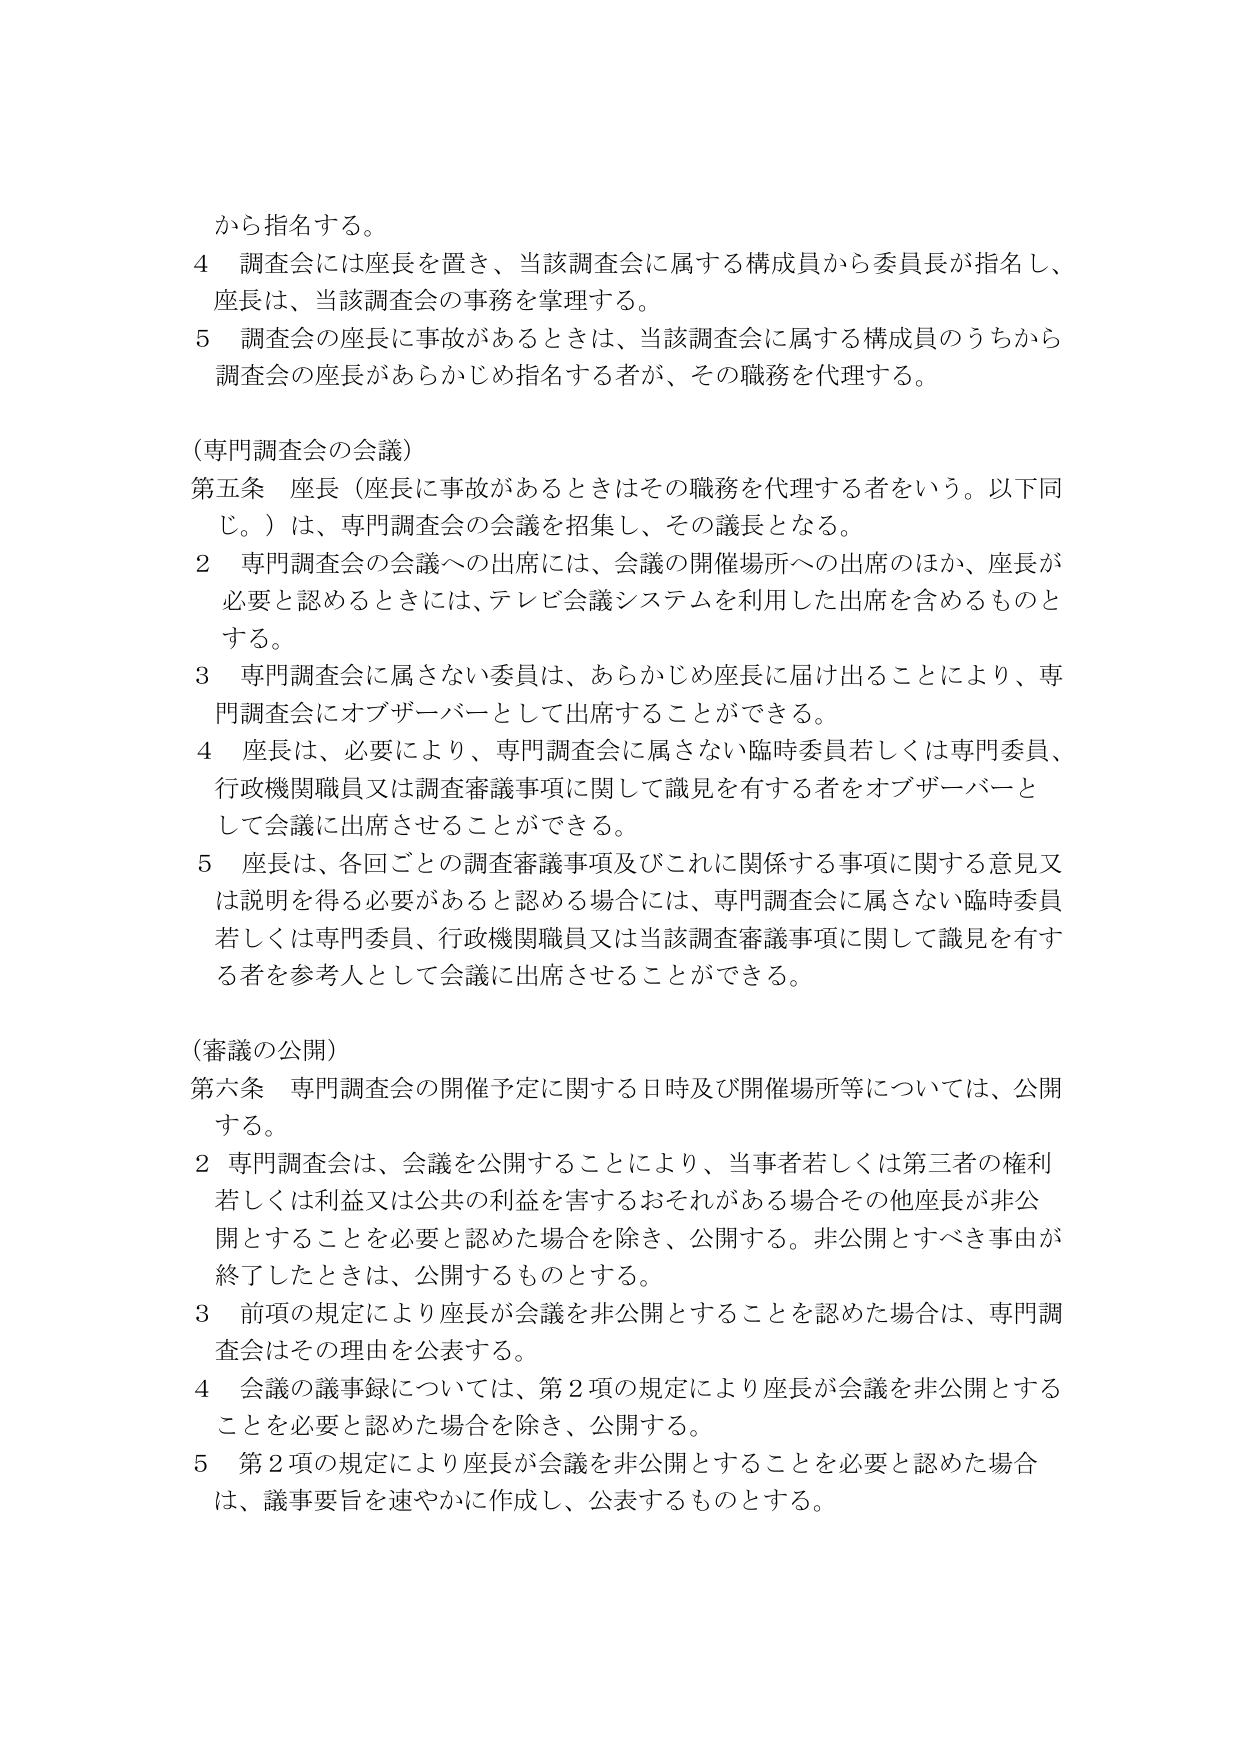
から指名する。

４ 調査会には座長を置き、当該調査会に属する構成員から委員長が指名し、
座長は、当該調査会の事務を掌理する。

５ 調査会の座長に事故があるときは、当該調査会に属する構成員のうちから
調査会の座長があらかじめ指名する者が、その職務を代理する。

（専門調査会の会議）

第五条 座長（座長に事故があるときはその職務を代理する者をいう。以下同じ。）は、専門調査会の会議を招集し、その議長となる。

２ 専門調査会の会議への出席には、会議の開催場所への出席のほか、座長が
必要と認めるときには、テレビ会議システムを利用した出席を含めるものと
する。

３ 専門調査会に属さない委員は、あらかじめ座長に届け出ることにより、専
門調査会にオブザーバーとして出席することができる。

４ 座長は、必要により、専門調査会に属さない臨時委員若しくは専門委員、
行政機関職員又は調査審議事項に関して識見を有する者をオブザーバーと
して会議に出席させることができる。

５ 座長は、各回ごとの調査審議事項及びこれに関係する事項に関する意見又
は説明を得る必要があると認める場合には、専門調査会に属さない臨時委員
若しくは専門委員、行政機関職員又は当該調査審議事項に関して識見を有す
る者を参考人として会議に出席させることができる。

（審議の公開）

第六条 専門調査会の開催予定に関する日時及び開催場所等については、公開
する。

２ 専門調査会は、会議を公開することにより、当事者若しくは第三者の権利
若しくは利益又は公共の利益を害するおそれがある場合その他座長が非公
開とすることを必要と認めた場合を除き、公開する。非公開とすべき事由が
終了したときは、公開するものとする。

３ 前項の規定により座長が会議を非公開とすることを認めた場合は、専門調
査会はその理由を公表する。

４ 会議の議事録については、第２項の規定により座長が会議を非公開とする
ことを必要と認めた場合を除き、公開する。

５ 第２項の規定により座長が会議を非公開とすることを必要と認めた場合
は、議事要旨を速やかに作成し、公表するものとする。